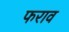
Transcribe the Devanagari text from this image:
फराव